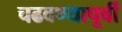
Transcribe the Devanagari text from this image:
चढवण्यापूर्वी